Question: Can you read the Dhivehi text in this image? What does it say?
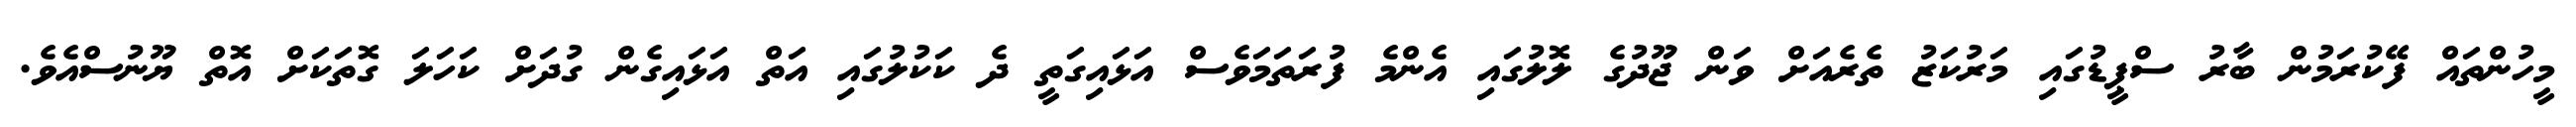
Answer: މީހުންތައް ފޭކުރަމުން ބާރު ސްޕީޑުގައި މަރުކަޒު ތެރެއަށް ވަން ޖޫދުގެ ލޮލުގައި އެންމެ ފުރަތަމަވެސް އަޅައިގަތީ ދެ ކަކުލުގައި އަތް އަޅައިގެން ގުދަށް ކަހަލަ ގޮތަކަށް އޮތް ޔޫނުސްއެވެ.